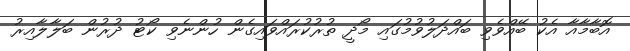
އޮބާމާއާ އެކު ބޭއްވެވި ބައްދަލުވުމުގައި މޯދީ ތުރުކުރައްވައިގެން ހުންނެވި ކޯޓު ދުރުން ބަލާލާއިރު